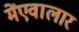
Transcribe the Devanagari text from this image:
मेंएवालार